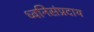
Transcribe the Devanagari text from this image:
ध्वनिसंप्रदाय